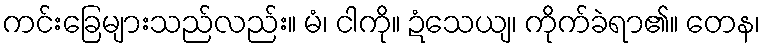
ကင်းခြေများသည်လည်း။ မံ၊ ငါကို။ ဍံသေယျ၊ ကိုက်ခဲရာ၏။ တေန၊